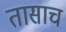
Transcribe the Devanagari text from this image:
तासाच